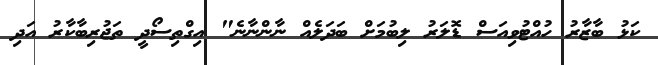
ކަޅު ބާޒާރު ހުއްޓުވިއަސް ޑޮލަރު ލިބުމަށް ބަދަލެއް ނާންނާނެ" އިގްތިސޯދީ ތަޖުރިބާކާރު އަދި